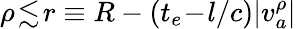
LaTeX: \rho\! \lesssim\! r\equiv R-(t_{e}\! -\! l/c)|v_{a}^{\rho}|